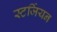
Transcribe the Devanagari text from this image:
स्टर्जियन